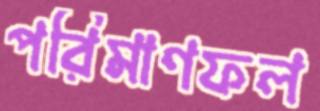
পরিমাণফল